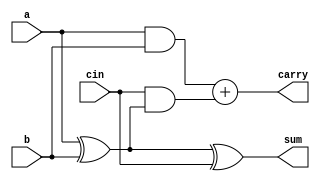
module full_adder (
    output carry,
    sum,
    input  a,
    b,
    cin
);

  assign sum   = a ^ b ^ cin;
  assign carry = (a & b) + (cin & (a ^ b));

endmodule

module four_bit_adder (
    output carry,
    output [3:0] sum,
    input [3:0] a,
    b,
    input cin
);

  wire [2:0] w;

  full_adder adder1 (
      w[0],
      sum[0],
      a[0],
      b[0],
      cin
  );
  full_adder adder2 (
      w[1],
      sum[1],
      a[1],
      b[1],
      w[0]
  );
  full_adder adder3 (
      w[2],
      sum[2],
      a[2],
      b[2],
      w[1]
  );
  full_adder adder4 (
      carry,
      sum[3],
      a[3],
      b[3],
      w[2]
  );

endmodule

`timescale 1ps / 1ps

module testbench;

  reg [3:0] a, b;
  reg cin;
  wire carry;
  wire [3:0] sum;

  four_bit_adder dut (
      carry,
      sum,
      a,
      b,
      cin
  );

  initial begin
    a   = 4'b0000;
    b   = 4'b0000;
    cin = 1'b0;
  end

  always #1 b = b + 1'b1;
  always #2 a = a + 1'b1;

  initial
    $monitor(
        "time = %g, carry = %b, sum = %b, a = %b, b = %b, cin = %b", $time, carry, sum, a, b, cin
    );
  initial #20 $finish;


endmodule

/*OUTPUT:
time = 0, carry = 0, sum = 0000, a = 0000, b = 0000, cin = 0
time = 1, carry = 0, sum = 0001, a = 0000, b = 0001, cin = 0
time = 2, carry = 0, sum = 0011, a = 0001, b = 0010, cin = 0
time = 3, carry = 0, sum = 0100, a = 0001, b = 0011, cin = 0
time = 4, carry = 0, sum = 0110, a = 0010, b = 0100, cin = 0
time = 5, carry = 0, sum = 0111, a = 0010, b = 0101, cin = 0
time = 6, carry = 0, sum = 1001, a = 0011, b = 0110, cin = 0
time = 7, carry = 0, sum = 1010, a = 0011, b = 0111, cin = 0
time = 8, carry = 0, sum = 1100, a = 0100, b = 1000, cin = 0
time = 9, carry = 0, sum = 1101, a = 0100, b = 1001, cin = 0
time = 10, carry = 0, sum = 1111, a = 0101, b = 1010, cin = 0
time = 11, carry = 1, sum = 0000, a = 0101, b = 1011, cin = 0
time = 12, carry = 1, sum = 0010, a = 0110, b = 1100, cin = 0
time = 13, carry = 1, sum = 0011, a = 0110, b = 1101, cin = 0
time = 14, carry = 1, sum = 0101, a = 0111, b = 1110, cin = 0
time = 15, carry = 1, sum = 0110, a = 0111, b = 1111, cin = 0
time = 16, carry = 0, sum = 1000, a = 1000, b = 0000, cin = 0
time = 17, carry = 0, sum = 1001, a = 1000, b = 0001, cin = 0
time = 18, carry = 0, sum = 1011, a = 1001, b = 0010, cin = 0
time = 19, carry = 0, sum = 1100, a = 1001, b = 0011, cin = 0
4_bit_adder_using_full_adders.v:85: $finish called at 20 (1ps)
time = 20, carry = 0, sum = 1110, a = 1010, b = 0100, cin = 0 
*/